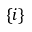
\{ i \}